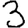
Digit: 3